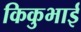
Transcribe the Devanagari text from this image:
किकुभाई